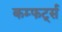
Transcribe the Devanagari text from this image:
कम्फर्ट्स